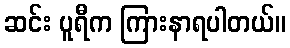
ဆင်း ပူရီက ကြားနာရပါတယ်။